Annual report on the working of the lock hospitals in the North-Western Provinces and Oudh
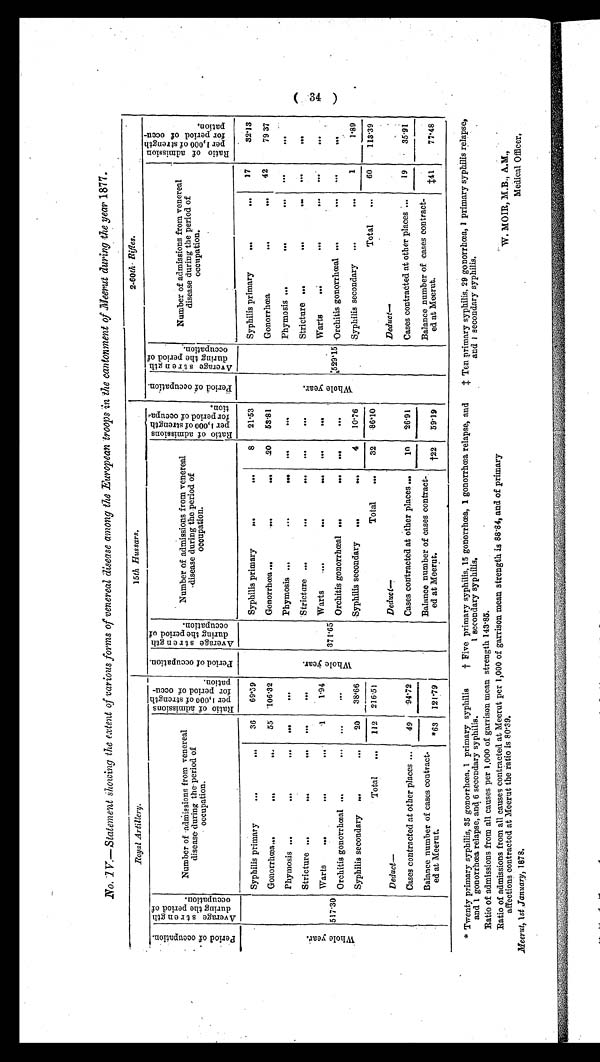
Royal Artillery.
15th Hussars.
2-60th Rifles.
P e r i o d o f o c c u p a t i o n .
A v e r a g e s t r e n g t h d u r i n g t h e p e r i o d o f o c c u p a t i o n .
Number of admissions from venereal
disease during the period of
occupation.
R a t i o o f a d m i s s i o n s p e r 1 , 0 0 0 o f s t r e n g t h f o r p e r i o d o f o c c u p a t i o n .
P e r i o d o f o c c u p a t i o n . A v e r a g e s t r e n g t h d u r i n g t h e p e r i o d o f o c c u p a t i o n .
Number of admissions from venereal
disease during the period of
occupation.
R a t i o o f a d m i s s i o n s p e r 1 , 0 0 0 o f s t r e n g t h f o r p e r i o d o c c u p a - t i o n .
P e r i o d o f o c u u p a t i o n .
A v e r a g e s t r e n g t h d u r i n g t h e p e r i o d o f o c c u p a t i o n .
Number of admissions from venereal
disease during the period of
occupation.
R a t i o o f a d m i s s i o n p e r 1 , 0 0 0 o f s t r e n g t h f o r p e r i o d o f o c c u p a t i o n .
Syphilis primary ... ...
36
69.59
Syphilis primary
...
...
8
21.53
Syphilis primary
...
...
17
32.13
Gonorrhœa...
...
...
55 106.32
Gonorrhœa...
...
..
20
53.81
Gonorrhœa
...
...
42
79 37
Phymosis ...
...
. .
. . .
. . .
Phymosis ...
...
...
. . .
. . .
Phymosis ...
...
...
. . .
. . .
W h o l e y e a r .
517.30
Stricture ...
...
...
. . .
. . .
W h o l e y e a r .
371.65
Stricture ...
... ...
. . .
. . .
W h o l e y e a r .
529.15
Stricture ...
...
...
. . .
. . .
Warts
...
...
...
. . .
Warts
... ... ...
1
1.94
Warts
...
...
...
. . .
. . .
Orchitis gonorrhœal...
... ...
. . .
Orchitis gonorrhœal ...
...
. . .
. . .
Orchitis gonorrhœal ...
...
. . .
. . .
Syphilis secondary ...
...
1
Syphilis secondary ...
...
4
10.76
1.89
Syphilis secondary ...
...
20
38.66
Total
...
112 216.51
Total
...
32
86.10
Total
...
60
113.39
D e d u c t —
D e d u c t —
Deduct
—
Cases contracted at other places...
49
94.72
Cases contracted at other places...
10
26-91
Cases contracted at other places....
19
35.91
Balance number of cases contract-
ed at Meerut.
*63 121-79
Balance number of cases contract-
ed at Meerut.
†22
59.19
Balance number of cases contract-
ed at Meerut.
‡41
77.48
* Twenty primary syphilis, 35 gonorrhœa. 1 primary syphilis † Five primary syphilis, 15 gonorrhœa, 1 gonorrhœa relapse, and ‡ Ten primary syphilis, 29 gonorrhœa, 1 primary syphilis relapse,
and 1 gonorrhœa relapse, and 6 secondary syphilis.
1 secondary syphilis,
and 1 secondary syphilis.
Ratio of admissions from all causes per 1,000 of garrison mean strength 143.85.
Ratio of admissions from all causes contracted at Meerut per 1,000 of garrison mean strength is 88.84, and of primary
affections contracted at Meerut the ratio is 80.39 .
W. MOIR, M.B., A.M.,
Meerut, 1st January, 1878.
Medical Officer.
(34)